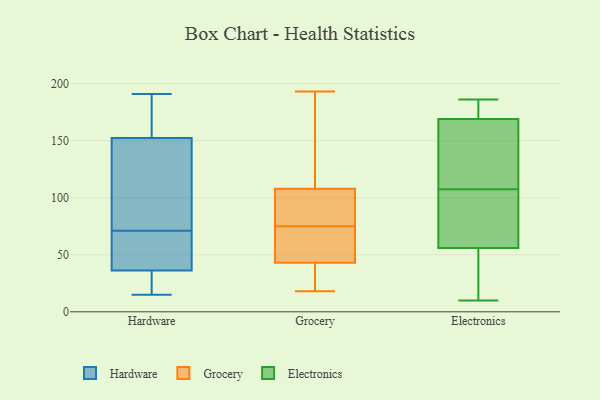
{"axis": {"x": "Bounce Rate (%)", "y": "Value"}, "legend": ["Electronics", "Grocery", "Hardware"], "data": [{"x": "", "y": 72, "type": "Hardware"}, {"x": "", "y": 135, "type": "Hardware"}, {"x": "", "y": 46, "type": "Hardware"}, {"x": "", "y": 185, "type": "Hardware"}, {"x": "", "y": 32, "type": "Hardware"}, {"x": "", "y": 69, "type": "Hardware"}, {"x": "", "y": 71, "type": "Hardware"}, {"x": "", "y": 33, "type": "Hardware"}, {"x": "", "y": 191, "type": "Hardware"}, {"x": "", "y": 158, "type": "Hardware"}, {"x": "", "y": 15, "type": "Hardware"}, {"x": "", "y": 53, "type": "Grocery"}, {"x": "", "y": 63, "type": "Grocery"}, {"x": "", "y": 18, "type": "Grocery"}, {"x": "", "y": 169, "type": "Grocery"}, {"x": "", "y": 110, "type": "Grocery"}, {"x": "", "y": 193, "type": "Grocery"}, {"x": "", "y": 102, "type": "Grocery"}, {"x": "", "y": 107, "type": "Grocery"}, {"x": "", "y": 75, "type": "Grocery"}, {"x": "", "y": 22, "type": "Grocery"}, {"x": "", "y": 50, "type": "Grocery"}, {"x": "", "y": 20, "type": "Grocery"}, {"x": "", "y": 75, "type": "Grocery"}, {"x": "", "y": 173, "type": "Electronics"}, {"x": "", "y": 122, "type": "Electronics"}, {"x": "", "y": 34, "type": "Electronics"}, {"x": "", "y": 10, "type": "Electronics"}, {"x": "", "y": 55, "type": "Electronics"}, {"x": "", "y": 106, "type": "Electronics"}, {"x": "", "y": 185, "type": "Electronics"}, {"x": "", "y": 160, "type": "Electronics"}, {"x": "", "y": 89, "type": "Electronics"}, {"x": "", "y": 186, "type": "Electronics"}, {"x": "", "y": 109, "type": "Electronics"}, {"x": "", "y": 186, "type": "Electronics"}, {"x": "", "y": 61, "type": "Electronics"}, {"x": "", "y": 186, "type": "Electronics"}, {"x": "", "y": 138, "type": "Electronics"}, {"x": "", "y": 70, "type": "Electronics"}, {"x": "", "y": 35, "type": "Electronics"}, {"x": "", "y": 38, "type": "Electronics"}, {"x": "", "y": 57, "type": "Electronics"}, {"x": "", "y": 165, "type": "Electronics"}]}